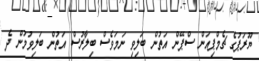
ޔޫރަޕުގެ ޗެމްޕިއަން ސްޕޭން އަތުން ބަލިވި ނަމަވެސް ބިލާރުސް އަތުން ބަލިވުމުން ދެ